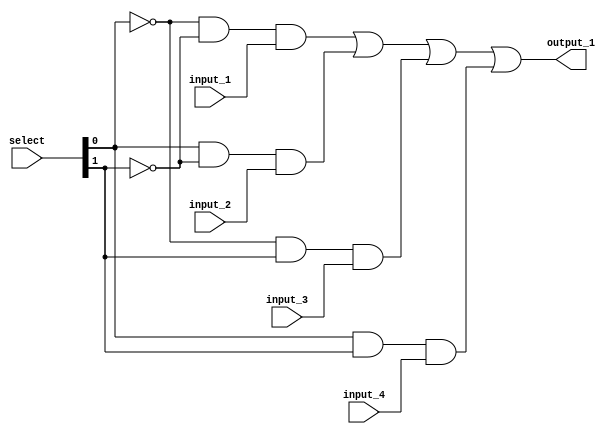
module FourToOneMultiplexerWithOneBitLength
(
input input_1,
input input_2,
input input_3,
input input_4,
input [1:0] select,
output output_1
);
wire output_andGate[3:0];
wire output_notGate[1:0];
not notGate_1(output_notGate[0], select[0]),
 	notGate_2(output_notGate[1], select[1]);
and andGate_1(output_andGate[0], output_notGate[0], output_notGate[1], input_1),
 	andGate_2(output_andGate[1], select[0], output_notGate[1], input_2),
 	andGate_3(output_andGate[2], output_notGate[0], select[1], input_3),
 	andGate_4(output_andGate[3], select[0], select[1], input_4);
or orGate(output_1, output_andGate[0], output_andGate[1], output_andGate[2], output_andGate[3]);
endmodule